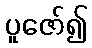
ပူဇော်၍